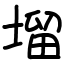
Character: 塯